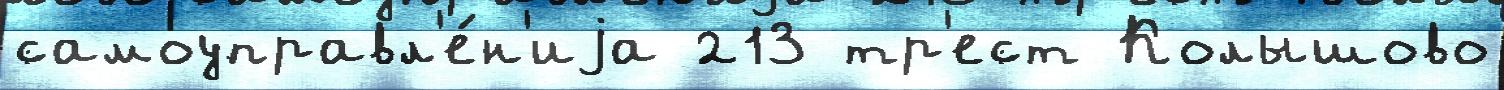
самоуправл'е́н'иjа 213 тр'ест Колышово